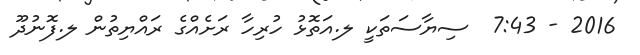
2016 - 7:43  ސިޔާސަތަކީ ލ.އަތޮޅު ހުރިހާ ރަށެއްގެ ރައްޔިތުން ލ.ފޮނުދޫ